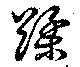
蹂